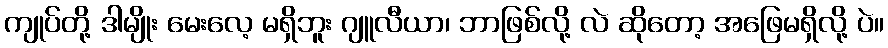
ကျုပ်တို့ ဒါမျိုး မေးလေ့ မရှိဘူး ဂျူလီယာ၊ ဘာဖြစ်လို့ လဲ ဆိုတော့ အဖြေမရှိလို့ ပဲ။